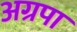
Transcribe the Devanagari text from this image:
अग्रपा